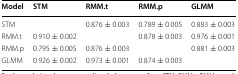
<table><thead><tr><td><b>Model</b></td><td><b>STM</b></td><td><b>RMM.t</b></td><td><b>RMM.p</b></td><td><b>GLMM</b></td></tr></thead><tbody><tr><td>STM</td><td></td><td>0.876 ± 0.003</td><td>0.789 ± 0.005</td><td>0.883 ± 0.003</td></tr><tr><td>RMM.t</td><td>0.910 ± 0.002</td><td></td><td>0.878 ± 0.003</td><td>0.976 ± 0.001</td></tr><tr><td>RMM.p</td><td>0.795 ± 0.005</td><td>0.876 ± 0.003</td><td></td><td>0.881 ± 0.003</td></tr><tr><td>GLMM</td><td>0.926 ± 0.002</td><td>0.973 ± 0.001</td><td>0.874 ± 0.003</td><td></td></tr></tbody></table>